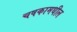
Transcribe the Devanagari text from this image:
चषकामधील